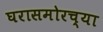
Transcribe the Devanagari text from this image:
घरासमोरच्या